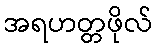
အရဟတ္တဖိုလ်